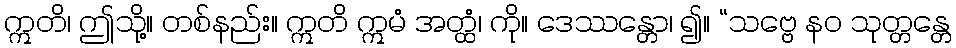
ဣတိ၊ ဤသို့။ တစ်နည်း။ ဣတိ ဣမံ အတ္ထံ၊ ကို။ ဒေဿန္တော၊ ၍။ “သဗ္ဗေ နဝ သုတ္တန္တေ